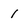
Character: 1